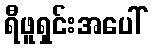
ရီဖူရှင်းအပေါ်